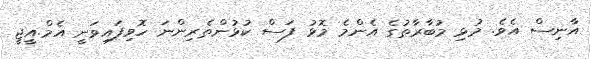
އާނިސް އެވެ. މުޅި މުބާރާތުގެ އެންމެ މޮޅު ފަސް ކުޅުންތެރިންނަ ހޮވިފައިވަނީ އެމް.އީޖީ